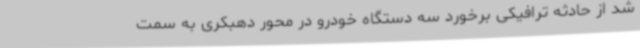
شد از حادثه ترافیکی برخورد سه دستگاه خودرو در محور دهبکری به سمت